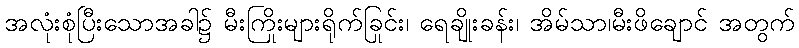
အလုံးစုံပြီးသောအခါ၌ မီးကြိုးများရိုက်ခြင်း၊ ရေချိုးခန်း၊ အိမ်သာ၊မီးဖိုချောင် အတွက်